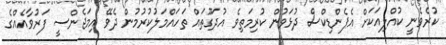
ކުރެވެނީ ކުއްލިއަކަށް އެޕެންޑިކްސް ދުޅަވުން ކުރިމަތިވެ އުދަގޫތައް ތަހައްމަލުކުރުމުން ދެވޭ އިމަޖެންސީ ފަރުވާއެއްގެ